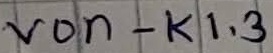
Text: von - K1.3